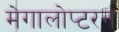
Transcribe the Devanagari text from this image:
मेगालोप्टरन